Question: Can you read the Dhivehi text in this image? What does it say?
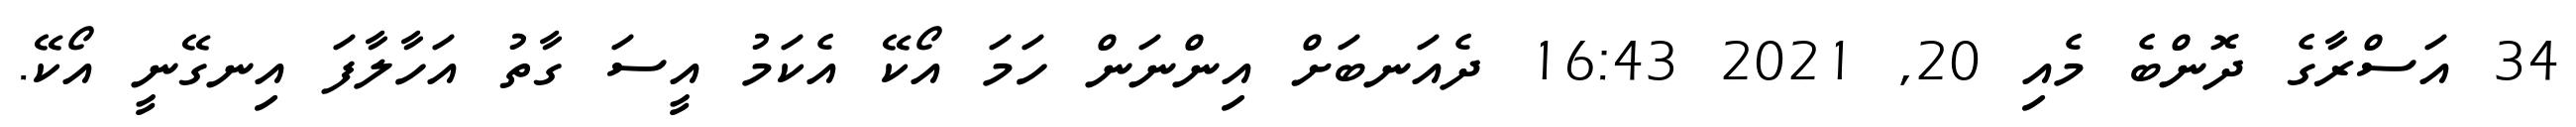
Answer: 34 އަސްރާގެ ދޮންބެ މެއި 20, 2021 16:43 ދެއަނބަށް އިންނަން ހަމަ އޯކޭ އެކަމު އީސަ ގާތު އަހާލާފަ އިނގޭނީ އޯކޭ.